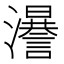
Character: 𤃵